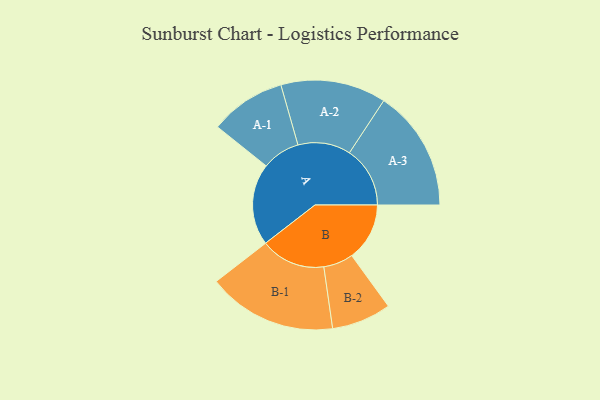
{"axis": {"x": "Segment", "y": "Value"}, "legend": ["", "A", "B"], "data": [{"x": "A", "y": 321, "type": ""}, {"x": "B", "y": 227, "type": ""}, {"x": "A-1", "y": 149, "type": "A"}, {"x": "A-2", "y": 207, "type": "A"}, {"x": "A-3", "y": 238, "type": "A"}, {"x": "B-1", "y": 254, "type": "B"}, {"x": "B-2", "y": 117, "type": "B"}]}